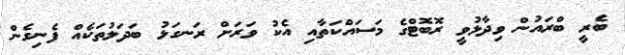
ބެރީ ބްރައުން ވިދާޅުވީ ރޮބޮޓްގެ މަސައްކަތާއި އެކު ވަރަށް ރަނގަޅު ބަދަލުތަކެއް ފެނިގެން